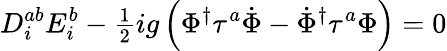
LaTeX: D_{i}^{ab}E_{i}^{b}-{\textstyle{\frac{1}{2}}}ig\left(\Phi^{\dagger}\tau^{a}\dot{\Phi}-\dot{\Phi}^{\dagger}\tau^{a}\Phi\right)=0